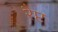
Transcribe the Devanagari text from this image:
रैप्ट